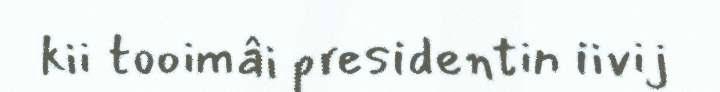
kii tooimâi presidentin iivij